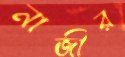
নাজীর